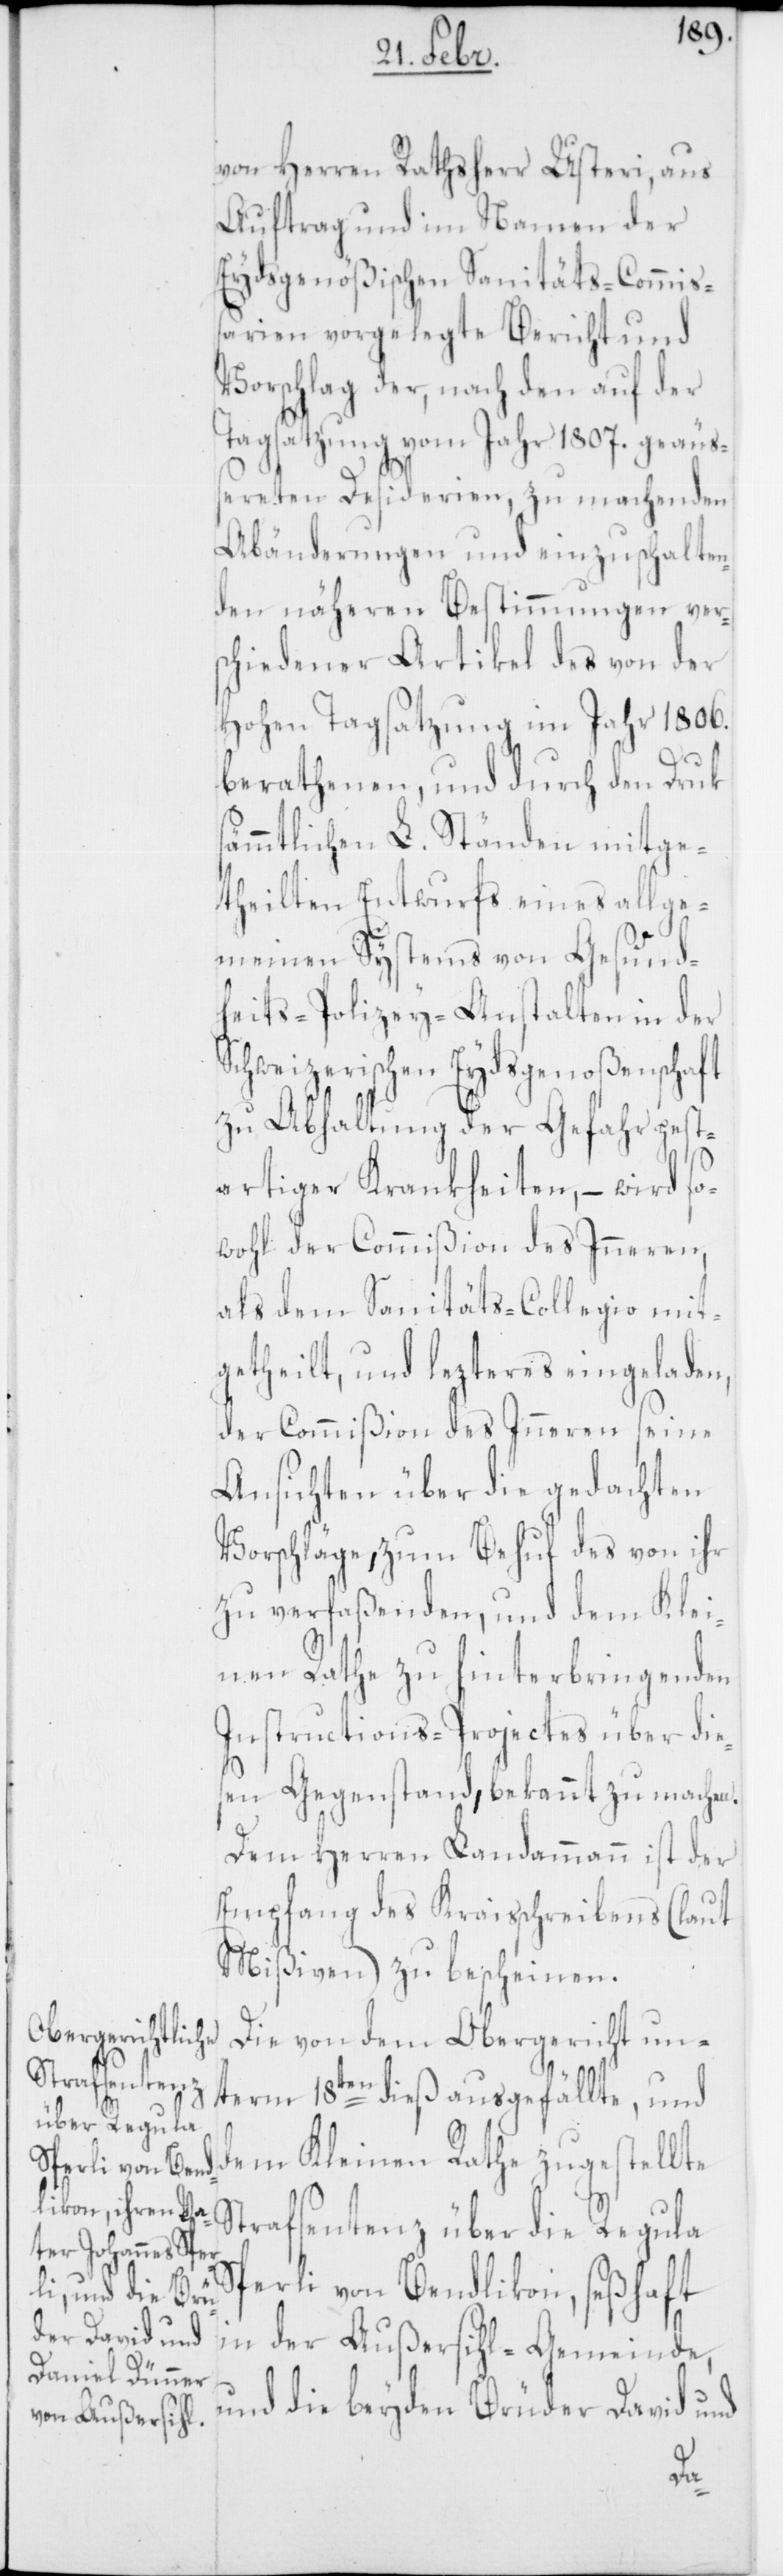
von Herren Rathsherr Usteri, aus
Auftrag und im Namen der
Eydsgenößischen Sanitäts-Commiß¬
ion vorgelegte Bericht und
Vorschlag der, nach den auf der
Tagsatzung vom Jahr 1807. geäuß¬
ereten Desiderien, zu machenden
Abänderungen und einzuschalten¬
den näheren Bestimmungen vers¬
chiedener Artikel des von der
hohen Tagsatzung im Jahr 1806.
berathenen, und durch den Druk
sämmtlichen L. Ständen mitge¬
theilten Entwurfs eines allge¬
meinen Systems von Gesund¬
heits-Polizey-Anstalten in der
Schweizerischen Eydsgenoßenschaft
zu Abhaltung der Gefahr pest¬
artiger Krankheiten, – wird so¬
wohl der Commißion des Inneren,
als dem Sanitäts-Collegio mit¬
getheilt, und lezteres eingeladen,
der Commißion des Inneren seine
Ansichten über die gedachten
Vorschläge, zum Behuf des von ihr
zu verfaßenden, und dem Klei¬
nen Rathe zu hinterbringenden
Instructions-Projectes über die¬
sen Gegenstand, bekannt zu machen.
Dem Herren Landammann ist der
Empfang des Kraisschreibens (laut
Mißiven) zu bescheinen.
Die von dem Obergericht un¬
term 18ten dieß ausgefällte, und
dem Kleinen Rathe zugestellte
trafsentenz über die Regula
Sperli von Bendlikon, seßhaft
in der Außersihl-Gemeinde,
und die beyden Brüder David und
S¬